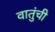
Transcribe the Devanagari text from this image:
वातुंची